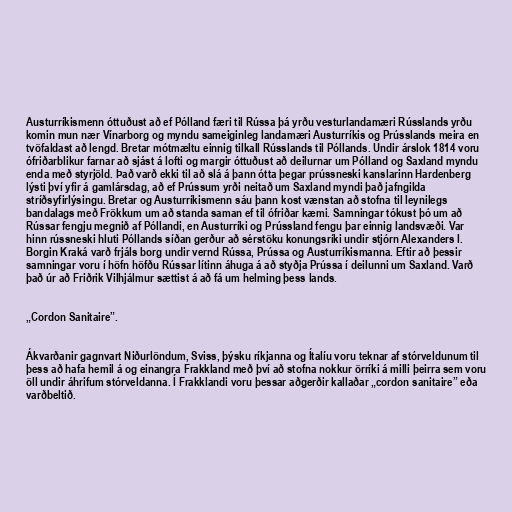
Austurríkismenn óttuðust að ef Pólland færi til Rússa þá yrðu vesturlandamæri Rússlands yrðu
komin mun nær Vínarborg og myndu sameiginleg landamæri Austurríkis og Prússlands meira en
tvöfaldast að lengd. Bretar mótmæltu einnig tilkall Rússlands til Póllands. Undir árslok 1814 voru
ófriðarblikur farnar að sjást á lofti og margir óttuðust að deilurnar um Pólland og Saxland myndu
enda með styrjöld. Það varð ekki til að slá á þann ótta þegar prússneski kanslarinn Hardenberg
lýsti því yfir á gamlársdag, að ef Prússum yrði neitað um Saxland myndi það jafngilda
stríðsyfirlýsingu. Bretar og Austurríkismenn sáu þann kost vænstan að stofna til leynilegs
bandalags með Frökkum um að standa saman ef til ófriðar kæmi. Samningar tókust þó um að
Rússar fengju megnið af Póllandi, en Austurríki og Prússland fengu þar einnig landsvæði. Var
hinn rússneski hluti Póllands síðan gerður að sérstöku konungsríki undir stjórn Alexanders I.
Borgin Kraká varð frjáls borg undir vernd Rússa, Prússa og Austurríkismanna. Eftir að þessir
samningar voru í höfn höfðu Rússar lítinn áhuga á að styðja Prússa í deilunni um Saxland. Varð
það úr að Friðrik Vilhjálmur sættist á að fá um helming þess lands.

„Cordon Sanitaire”.

Ákvarðanir gagnvart Niðurlöndum, Sviss, þýsku ríkjanna og Ítalíu voru teknar af stórveldunum til
þess að hafa hemil á og einangra Frakkland með því að stofna nokkur örríki á milli þeirra sem voru
öll undir áhrifum stórveldanna. Í Frakklandi voru þessar aðgerðir kallaðar „cordon sanitaire” eða
varðbeltið.